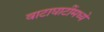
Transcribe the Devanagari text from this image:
वाटाघाटींमध्ये